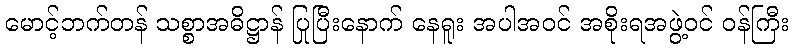
မောင့်ဘက်တန် သစ္စာအဓိဋ္ဌာန် ပြုပြီးနောက် နေရူး အပါအဝင် အစိုးရအဖွဲ့ဝင် ဝန်ကြီး